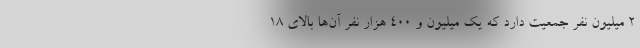
۲ میلیون نفر جمعیت دارد که یک میلیون و ۴۰۰ هزار نفر آن‌ها بالای ۱۸